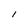
Character: l